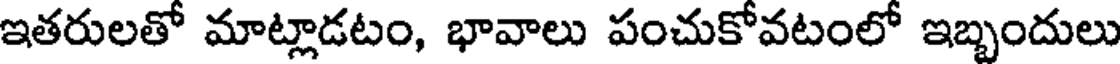
ఇతరులతో మాట్లాడటం, భావాలు పంచుకోవటంలో ఇబ్బందులు